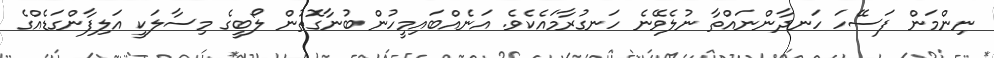
ނިންމަން ފަސޭހަ ހަނދާންނައްތާ ނުލެވޭނެ ހަނގުރާމައެކެވެ. އަނެއްބައިމީހުން ބުނާގޮތުން ލޯބީގެ މިސާލަކީ އަލިފާންގަޑެއްގެ